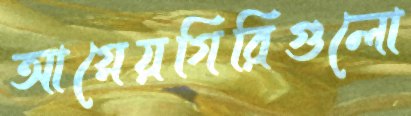
আগ্নেয়গিরিগুলো